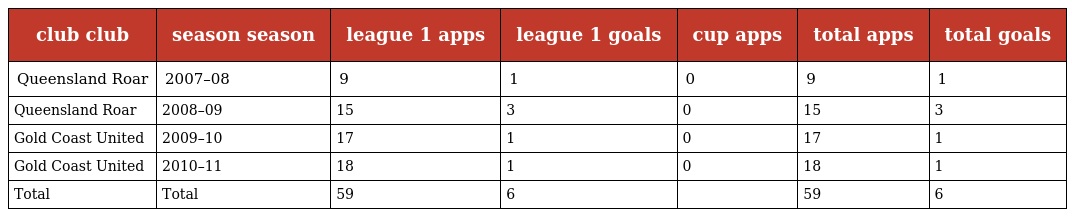
| club club | season season | league 1 apps | league 1 goals | cup apps | total apps | total goals |
 | --- | --- | --- | --- | --- | --- | --- |
 | Queensland Roar | 2007–08 | 9 | 1 | 0 | 9 | 1 |
 | Queensland Roar | 2008–09 | 15 | 3 | 0 | 15 | 3 |
 | Gold Coast United | 2009–10 | 17 | 1 | 0 | 17 | 1 |
 | Gold Coast United | 2010–11 | 18 | 1 | 0 | 18 | 1 |
 | Total | Total | 59 | 6 |  | 59 | 6 |